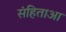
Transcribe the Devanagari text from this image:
संहिताआ